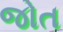
જોત